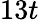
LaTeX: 13t